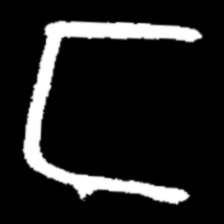
Pyu character \u2014 Myanmar letter: င (romanized: nga)